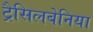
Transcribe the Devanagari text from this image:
ट्रैसिलबेनिया